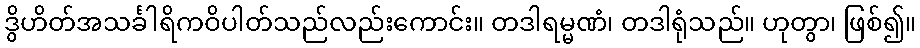
ဒွိဟိတ်အသင်္ခါရိကဝိပါတ်သည်လည်းကောင်း။ တဒါရမ္မဏံ၊ တဒါရုံသည်။ ဟုတွာ၊ ဖြစ်၍။